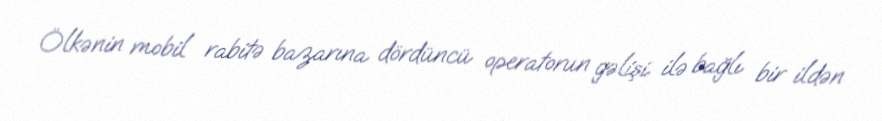
Ölkənin mobil rabitə bazarına dördüncü operatorun gəlişi ilə bağlı bir ildən